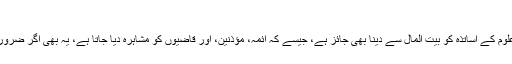
[النساء: 6]
اسی طرح شرعی علوم کے اساتذہ کو بیت المال سے دینا بھی جائز ہے، جیسے کہ ائمہ، مؤذنین، اور قاضیوں کو مشاہرہ دیا جاتا ہے، یہ بھی اگر ضرورت ہو تو جائز ہے۔